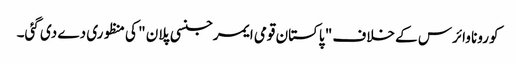
کورونا وائرس کے خلاف " پاکستان قومی ایمرجنسی پلان " کی منظوری دے دی گئی۔